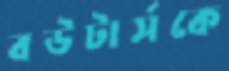
বউটার্সকে